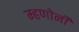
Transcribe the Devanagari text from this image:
म्हणोनी